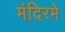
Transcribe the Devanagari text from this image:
मंदिरमे